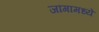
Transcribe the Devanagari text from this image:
जांगामध्ये